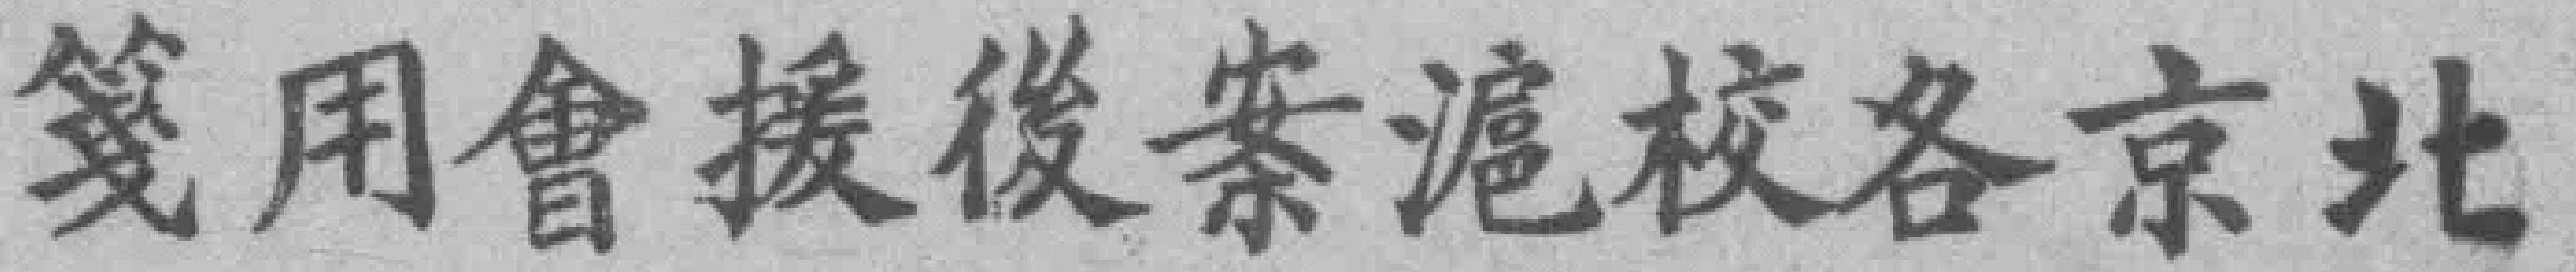
笺用會援後案滬校各京北